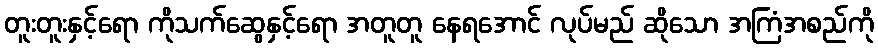
တူးတူးနှင့်ရော ကိုသက်ဆွေနှင့်ရော အတူတူ နေရအောင် လုပ်မည် ဆိုသော အကြံအစည်ကို